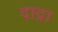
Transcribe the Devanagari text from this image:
दाद्रा